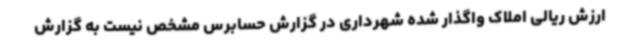
ارزش ریالی املاک واگذار شده شهرداری در گزارش حسابرس مشخص نیست به گزارش